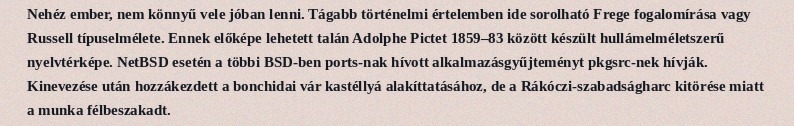
Nehéz ember, nem könnyű vele jóban lenni. Tágabb történelmi értelemben ide sorolható Frege fogalomírása vagy Russell típuselmélete. Ennek előképe lehetett talán Adolphe Pictet 1859–83 között készült hullámelméletszerű nyelvtérképe. NetBSD esetén a többi BSD-ben ports-nak hívott alkalmazásgyűjteményt pkgsrc-nek hívják. Kinevezése után hozzákezdett a bonchidai vár kastéllyá alakíttatásához, de a Rákóczi-szabadságharc kitörése miatt a munka félbeszakadt.